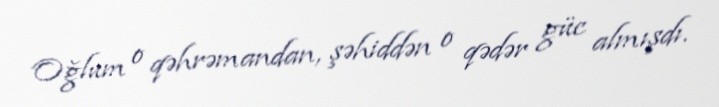
Oğlum o qəhrəmandan, şəhiddən o qədər güc almışdı.